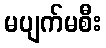
မပျက်မစီး